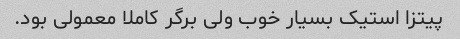
پیتزا استیک بسیار خوب ولی برگر کاملا معمولی بود.